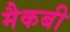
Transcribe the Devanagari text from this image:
मैकबी